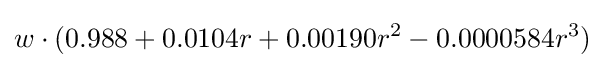
w\cdot (0.988+0.0104r+0.00190r^{2}-0.0000584r^{3})